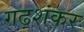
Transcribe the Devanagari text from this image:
गढ़शंकर